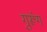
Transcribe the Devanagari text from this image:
गुरूंग